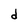
Character: d